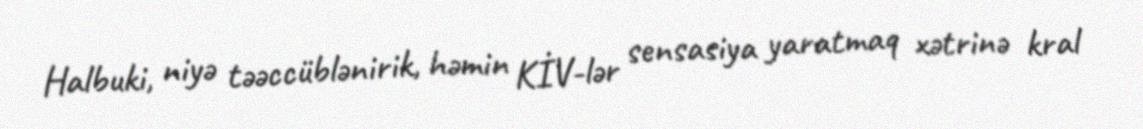
Halbuki, niyə təəccüblənirik, həmin KİV-lər sensasiya yaratmaq xətrinə kral